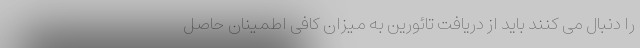
را دنبال می کنند باید از دریافت تائورین به میزان کافی اطمینان حاصل